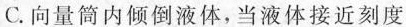
C.向量筒内倾倒液体，当液体接近刻度